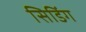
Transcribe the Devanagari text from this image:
सिडिंग